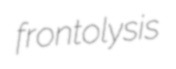
frontolysis